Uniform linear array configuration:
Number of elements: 16
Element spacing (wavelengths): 0.5
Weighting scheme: kaiser
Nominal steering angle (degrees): -45
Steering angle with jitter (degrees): -46.819
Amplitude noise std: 0.05
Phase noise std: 0.05

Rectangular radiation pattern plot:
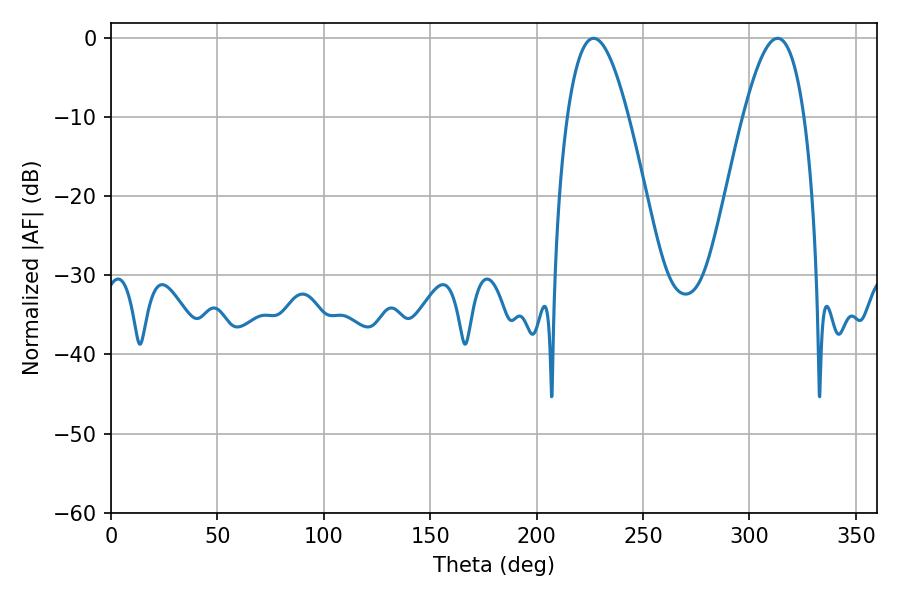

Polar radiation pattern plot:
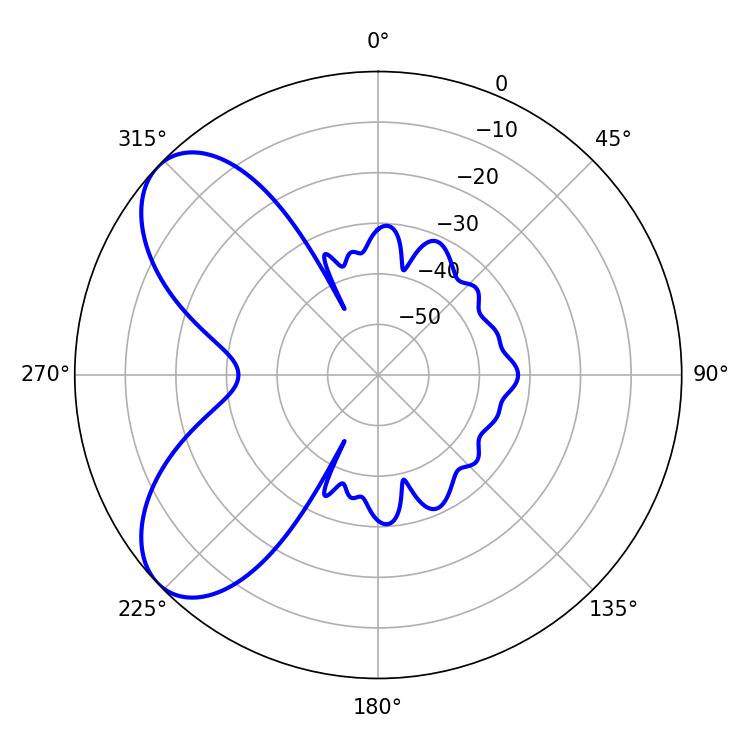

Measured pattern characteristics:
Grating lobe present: FALSE
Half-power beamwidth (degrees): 15.66
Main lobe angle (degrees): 226.8